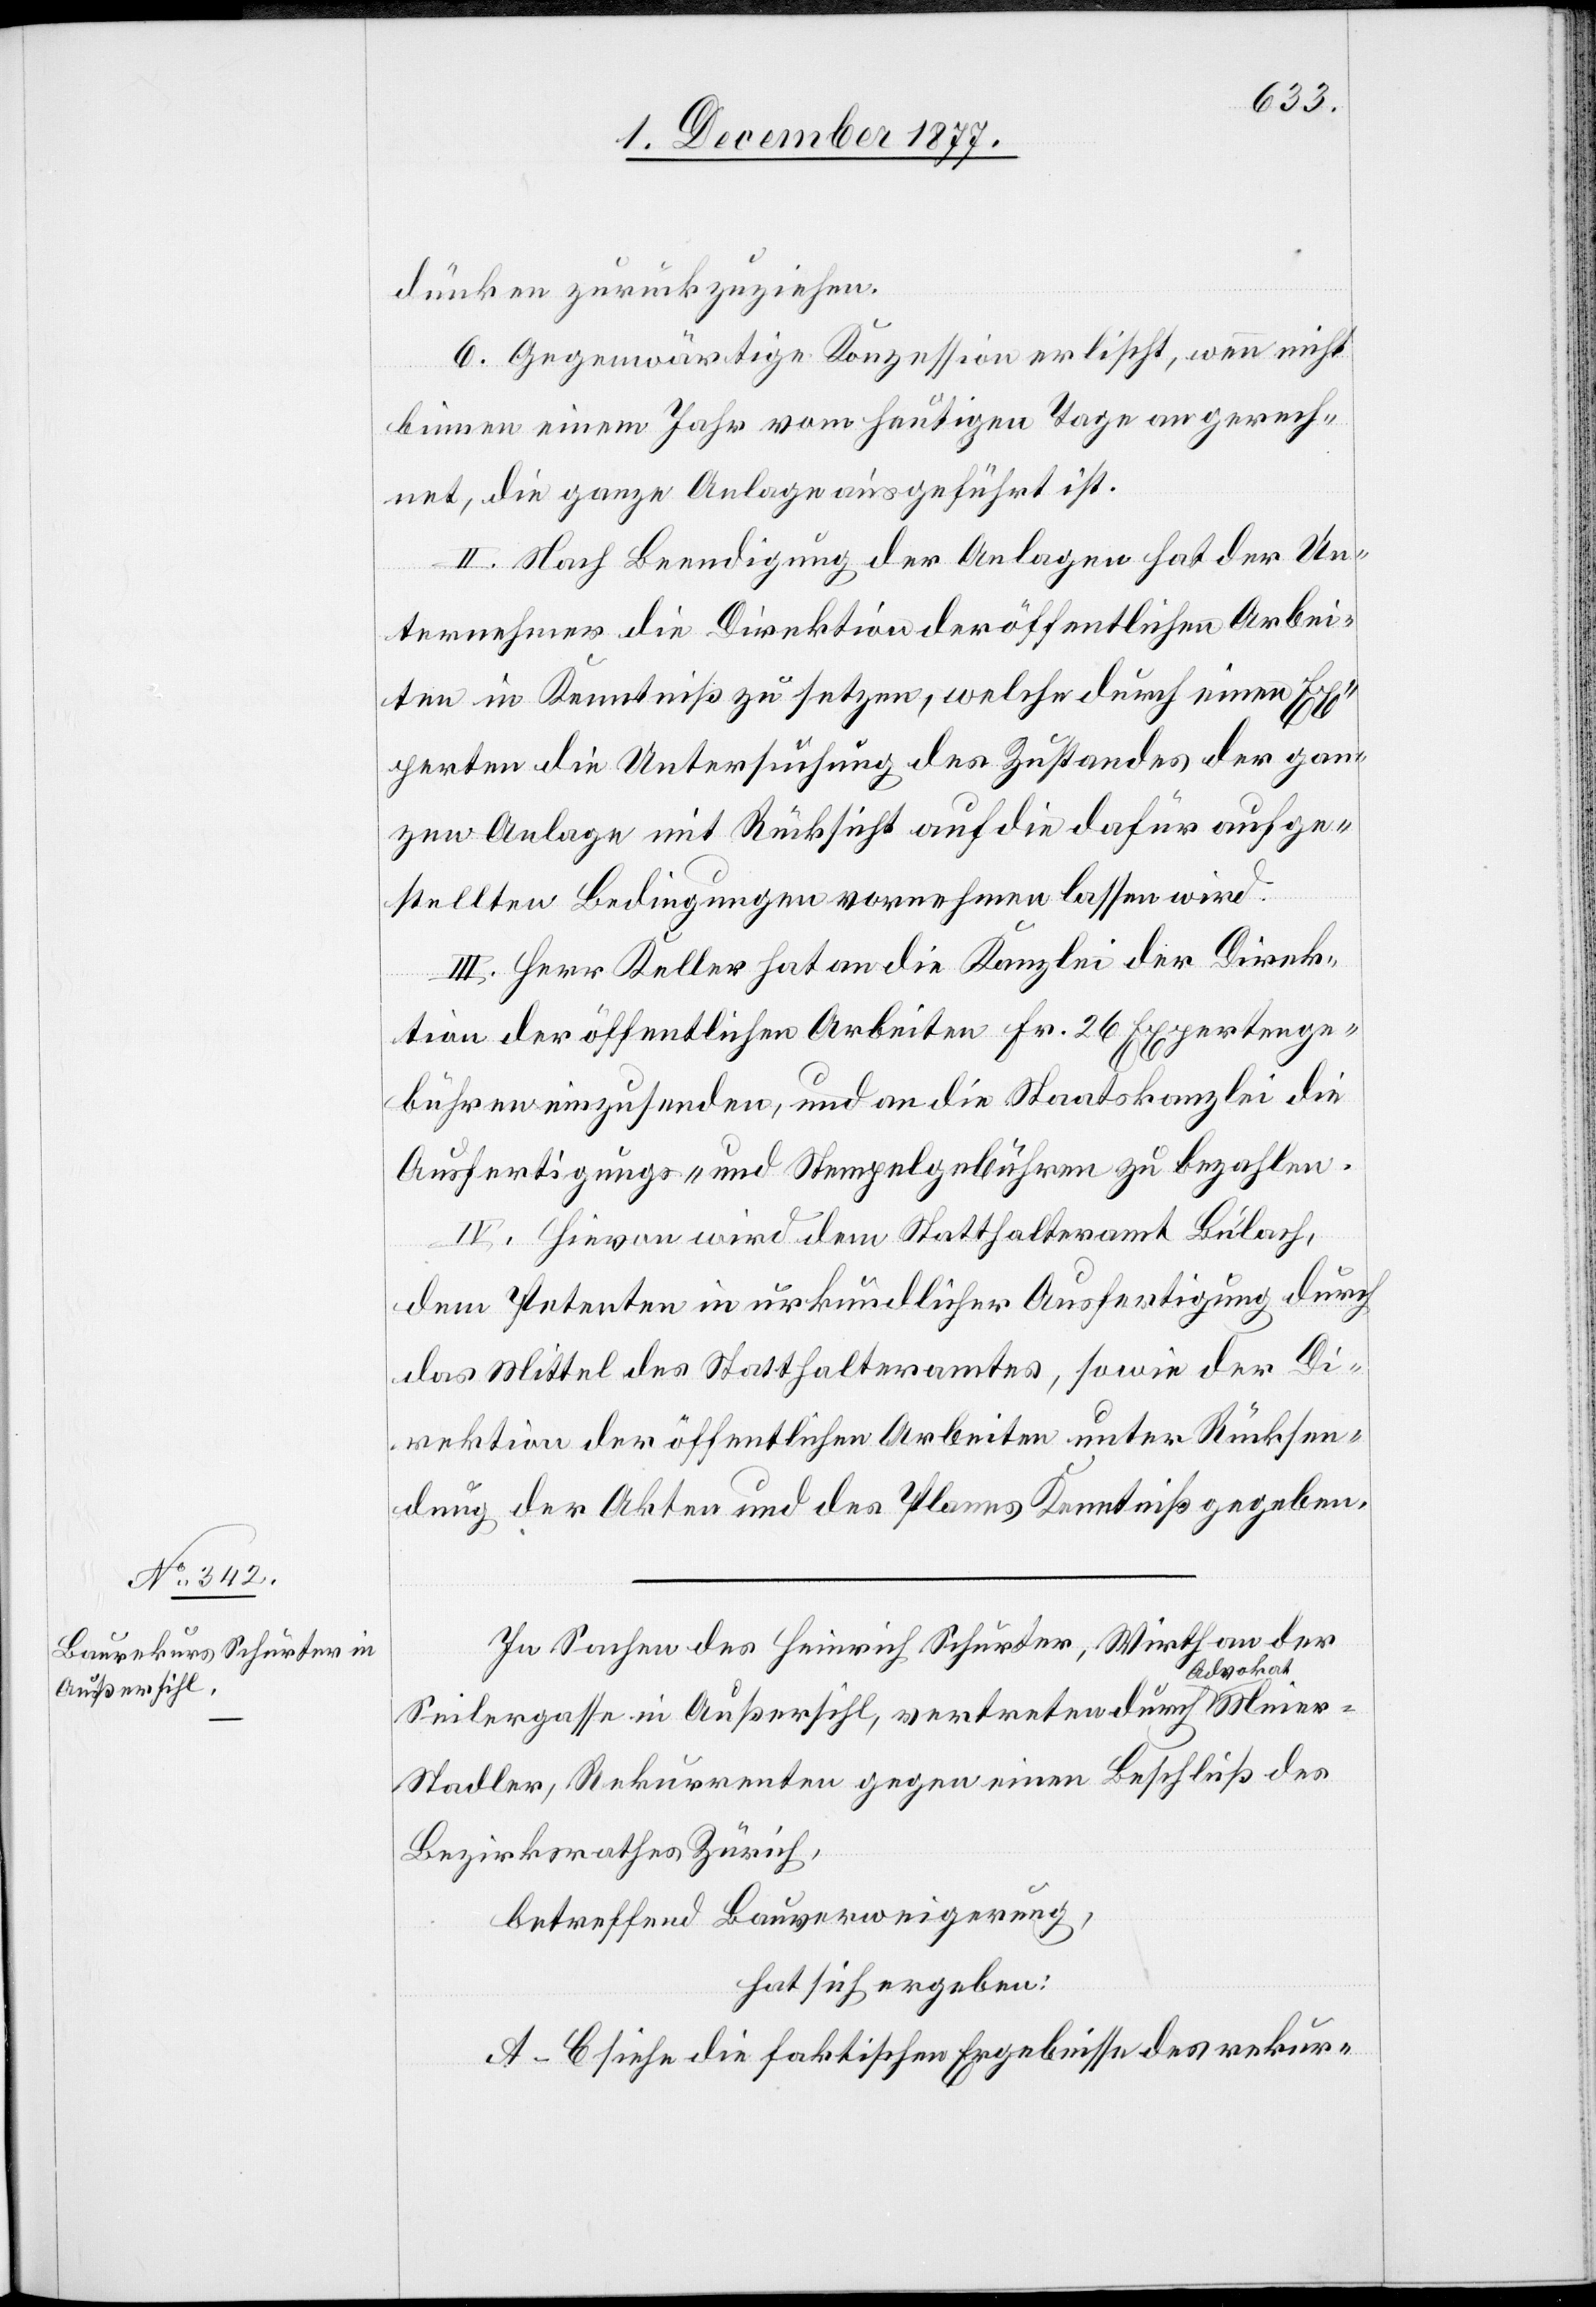
dünken zurückzuziehen.
6. Gegenwärtige Konzession erlischt, wenn nicht
binnen einem Jahr vom heutigen Tage an gerech¬
net, die ganze Anlage ausgeführt ist.
II. Nach Beendigung der Anlagen hat der Un¬
Meie¬
ternehmer die Direktion der öffentlichen Arbei¬
ten in Kenntniß zu setzen, welche durch einen Ex¬
perten die Untersuchung des Zustandes der gan¬
zen Anlage mit Rücksicht auf die dafür aufge¬
stellten Bedingungen vornehmen lassen wird.
III. Herr Keller hat an die Kanzlei der Direk¬
tion der öffentlichen Arbeiten Fr. 26 Expertenge¬
bühren einzusenden, und an die Staatskanzlei die
Ausfertigungs- und Stempelgebühren zu bezahlen.
IV. Hievon wird dem Statthalteramt Bülach,
dem Petenten in urkundlicher Ausfertigung durch
das Mittel des Statthalteramtes, sowie der Di¬
rektion der öffentlichen Arbeiten unter Rücksen¬
dung der Akten und des Planes Kenntniß gegeben.
In Sachen des Heinrich Schurter, Wirth an der
dvokat
Seilergasse in Außersihl, vertreten durch A¬
r-Stadler, Rekurrenten gegen einen Beschluß des
Bezirksrathes Zürich,
betreffend Bauverweigerung,
hat sich ergeben:
A–C. siehe die faktischen Ergebnisse des rekur-